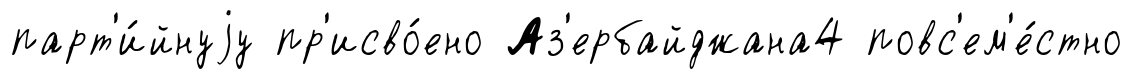
парт'и́йнуjу пр'исво́ено Аз'ербайджана4 повс'ем'е́стно